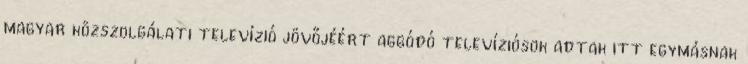
magyar közszolgálati televízió jövőjéért aggódó televízió­sok adtak itt egymásnak